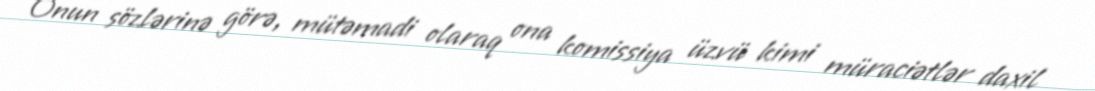
Onun sözlərinə görə, mütəmadi olaraq ona komissiya üzvü kimi müraciətlər daxil